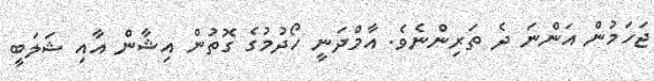
ޖަހަމުން އަންނަ ދެ ތަރިންނެވެ. އާމްދަނީ ހޯދުމުގެ ގޮތުން އިޝާން އާއި ޝަލަބީ